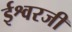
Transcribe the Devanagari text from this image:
ईश्वरजी